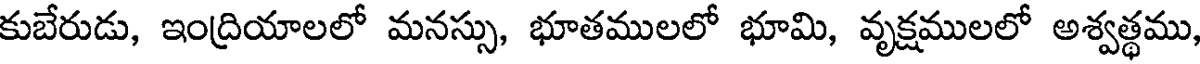
కుబేరుడు, ఇంద్రియాలలో మనస్సు, భూతములలో భూమి, వృక్షములలో అశ్వత్థము,